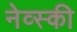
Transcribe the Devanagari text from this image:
नेव्स्की